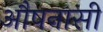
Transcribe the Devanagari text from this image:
औषनासी